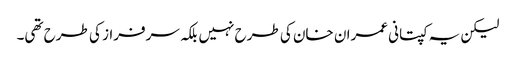
لیکن یہ کپتانی عمران خان کی طرح نہیں بلکہ سرفراز کی طرح تھی۔